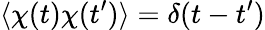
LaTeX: \langle\chi(t)\chi(t^{\prime})\rangle=\delta(t-t^{\prime})